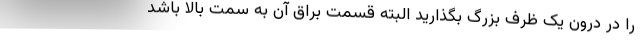
را در درون یک ظرف بزرگ بگذارید البته قسمت براق آن به سمت بالا باشد